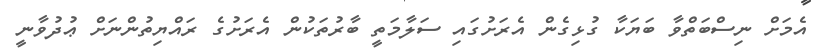
އެމަށް ނިސްބަތްވާ ބަޔަކާ ގުޅިގެން އެރަށުގައި ސަލާމަތީ ބާރުތަކުން އެރަށުގެ ރައްޔިތުންނަށް ޢުދުވާނީ